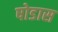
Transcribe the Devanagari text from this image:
षोडास